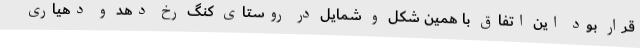
قرار بود این اتفاق با همین شکل و شمایل در روستای کنگ رخ دهد و دهیاری